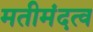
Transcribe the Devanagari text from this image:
मतीमंदत्व